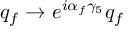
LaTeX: q _ { f } \rightarrow e ^ { i \alpha _ { f } \gamma _ { 5 } } q _ { f }